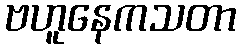
ဗဟူနေကသတာ